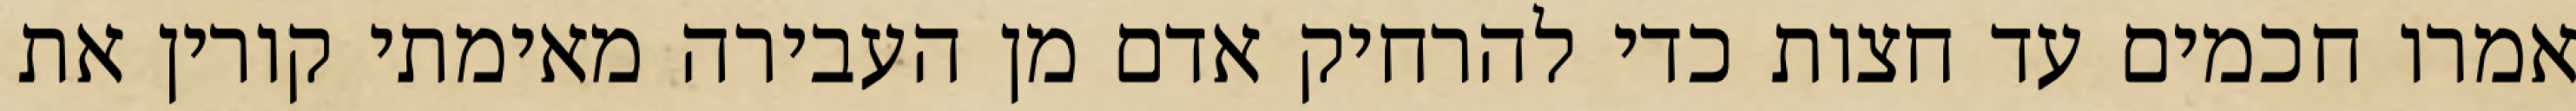
אמרו חכמים עד חצות כדי להרחיק אדם מן העבירה מאימתי קורין את